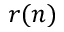
r ( n )